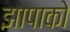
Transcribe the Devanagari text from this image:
झापाको